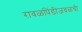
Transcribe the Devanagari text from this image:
रावळपिंडीजवळची